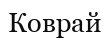
Коврай